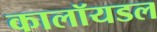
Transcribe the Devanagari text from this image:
कालॉयडल